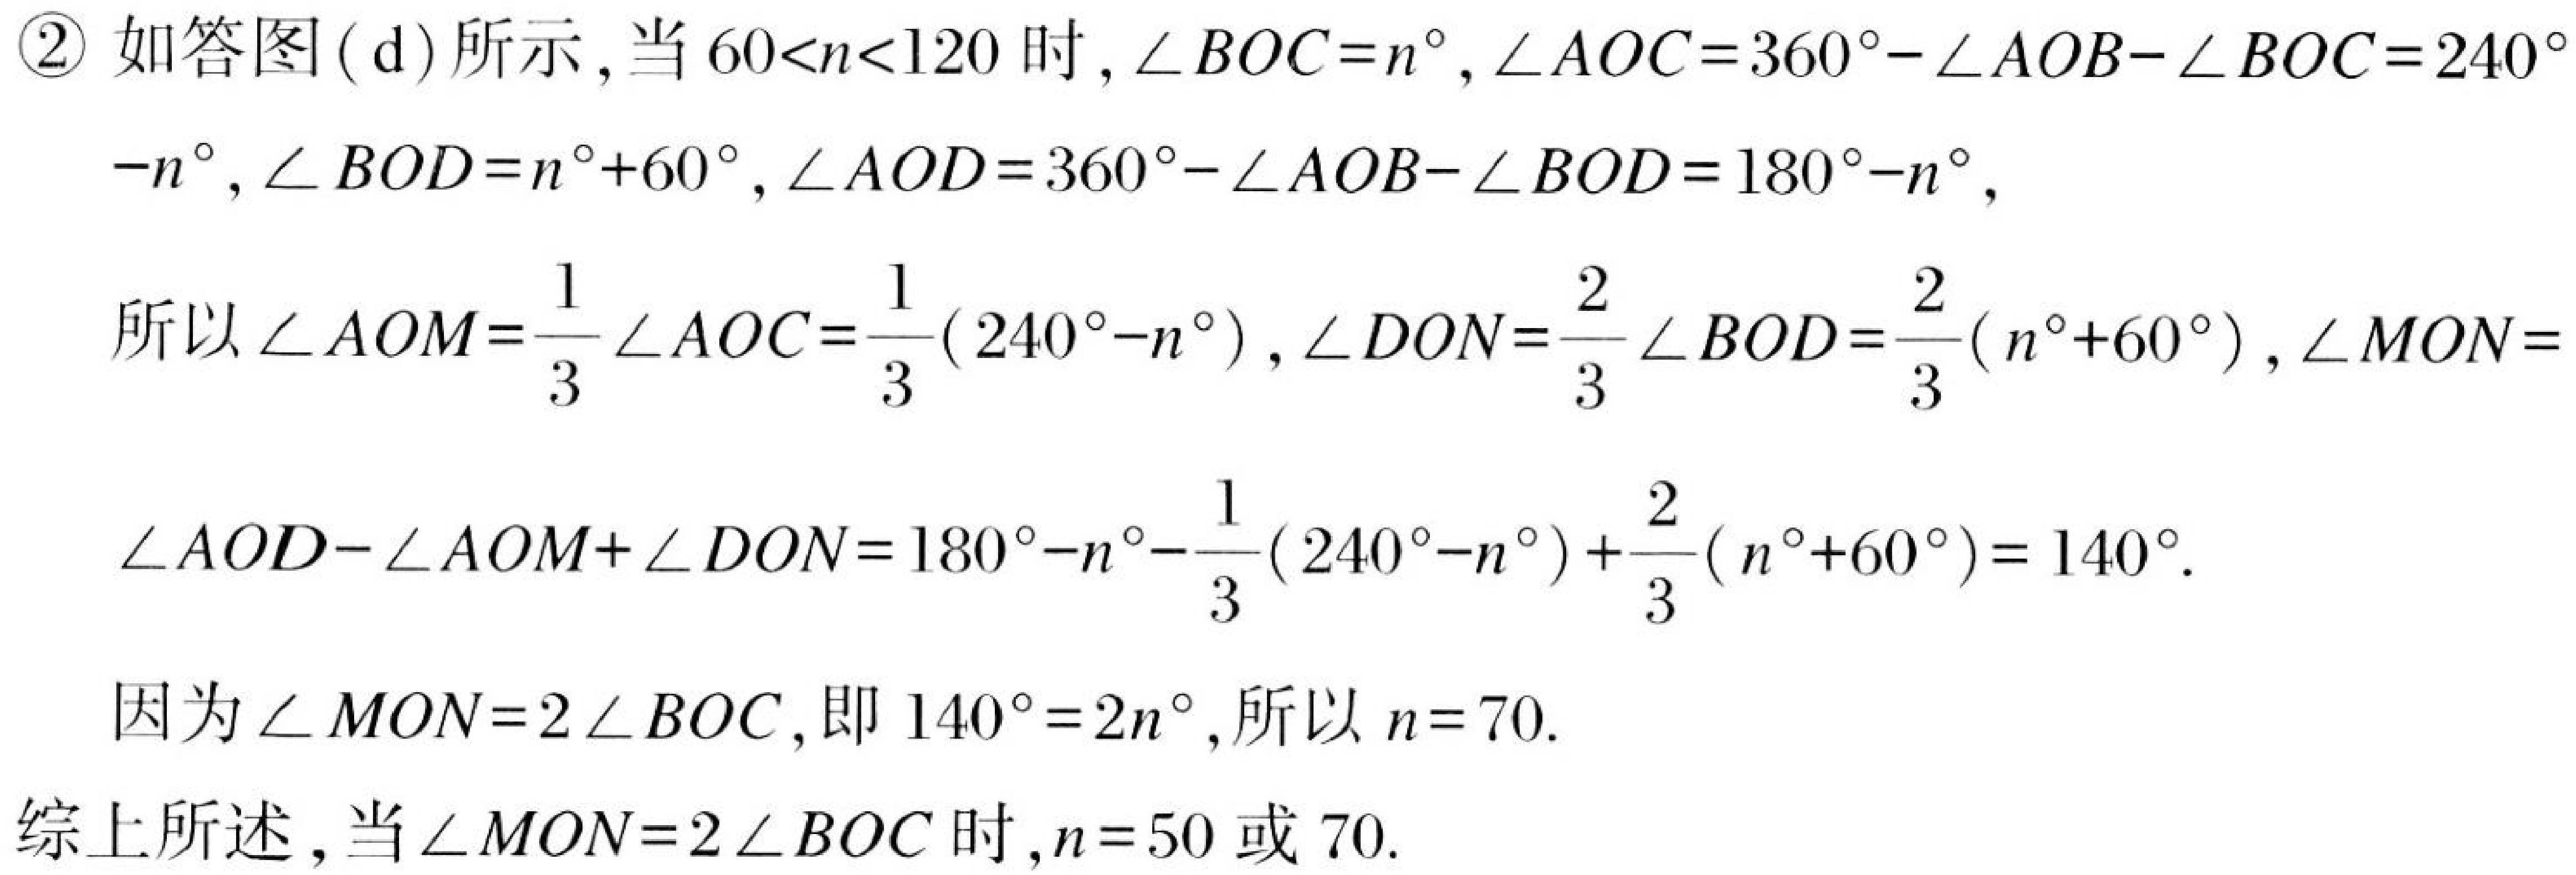
\textcircled{2} 如答图( d)所示，当 \(60 < n < 120\) 时，\(\angle BOC = n^{\circ}, \angle AOC = 360^{\circ}-\angle AOB - \angle BOC = 240^{\circ}-n^{\circ}, \angle BOD = n^{\circ}+60^{\circ}, \angle AOD = 360^{\circ}-\angle AOB - \angle BOD = 180^{\circ}-n^{\circ}\)，
所以 \(\angle AOM=\frac{1}{3}\angle AOC=\frac{1}{3}(240^{\circ}-n^{\circ}), \angle DON=\frac{2}{3}\angle BOD=\frac{2}{3}(n^{\circ}+60^{\circ}), \angle MON = \angle AOD-\angle AOM+\angle DON = 180^{\circ}-n^{\circ}-\frac{1}{3}(240^{\circ}-n^{\circ})+\frac{2}{3}(n^{\circ}+60^{\circ}) = 140^{\circ}\).
因为 \(\angle MON = 2\angle BOC\)，即 \(140^{\circ}=2n^{\circ}\)，所以 \(n = 70\).
综上所述，当 \(\angle MON = 2\angle BOC\) 时，\(n = 50\) 或 \(70\).